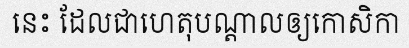
នេះ ដែលជាហេតុបណ្តាលឲ្យកោសិកា